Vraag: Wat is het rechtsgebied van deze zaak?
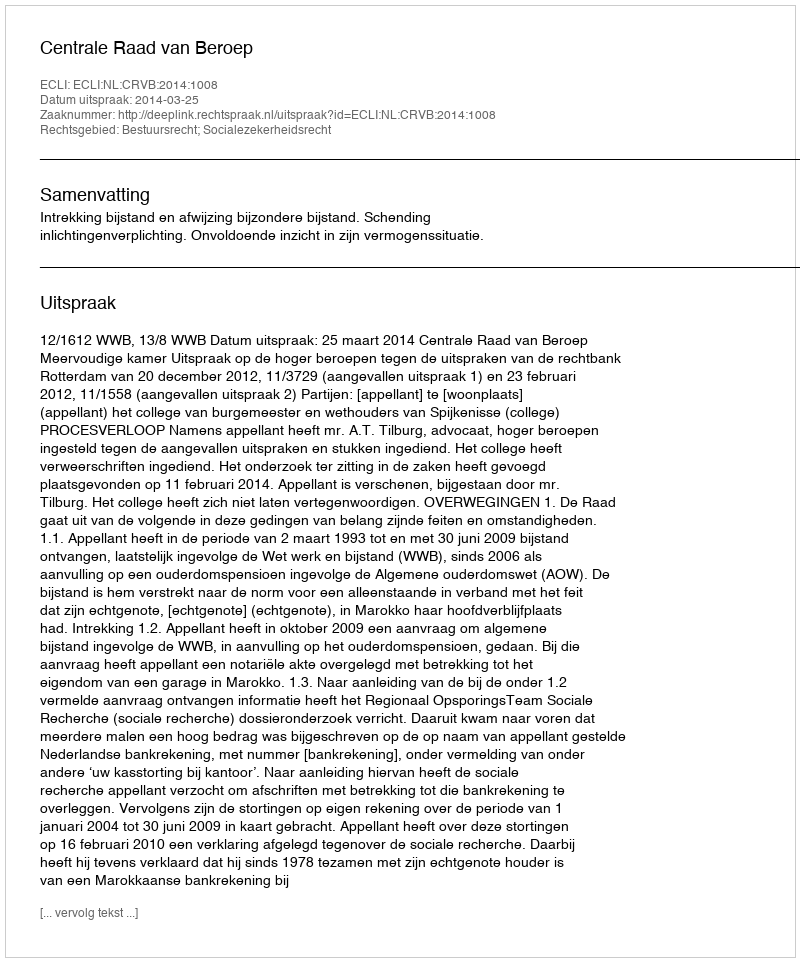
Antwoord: Bestuursrecht; Socialezekerheidsrecht